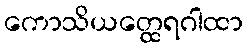
ကောသိယတ္ထေရဂါထာ